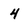
Character: 4